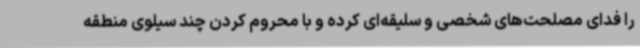
را فدای مصلحت‌های شخصی و سلیقه‌ای کرده و با محروم کردن چند سیلوی منطقه